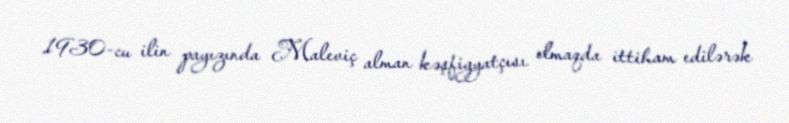
1930-cu ilin payızında Maleviç alman kəşfiyyatçısı olmaqda ittiham edilərək